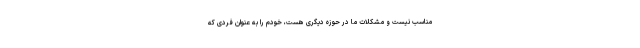
مناسب نیست و مشکلات ما در حوزه دیگری هست، خودم را به عنوان فردی که